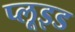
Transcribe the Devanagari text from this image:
प्लूइड